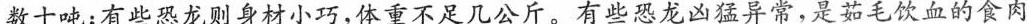
数十吨；有些恐龙则身材小巧，体重不足几公斤。有些恐龙凶猛异常，是茹毛饮血的食肉